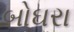
બોઘરા